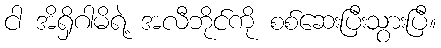
ငါ အိရှိဂါမိရဲ့ အလီဘိုင်ကို စစ်ဆေးပြီးသွားပြီ။